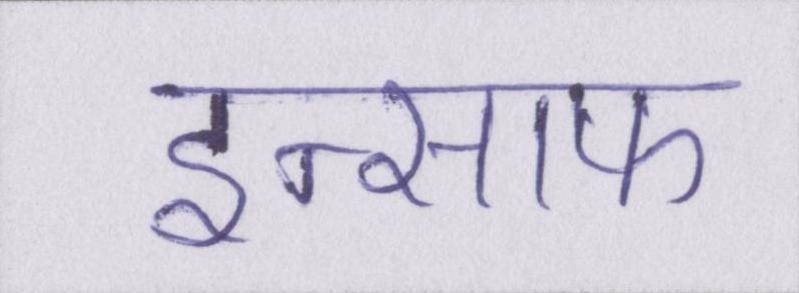
इन्साफ